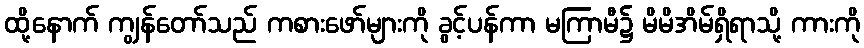
ထို့နောက် ကျွန်တော်သည် ကစားဖော်များကို ခွင့်ပန်ကာ မကြာမီ၌ မိမိအိမ်ရှိရာသို့ ကားကို